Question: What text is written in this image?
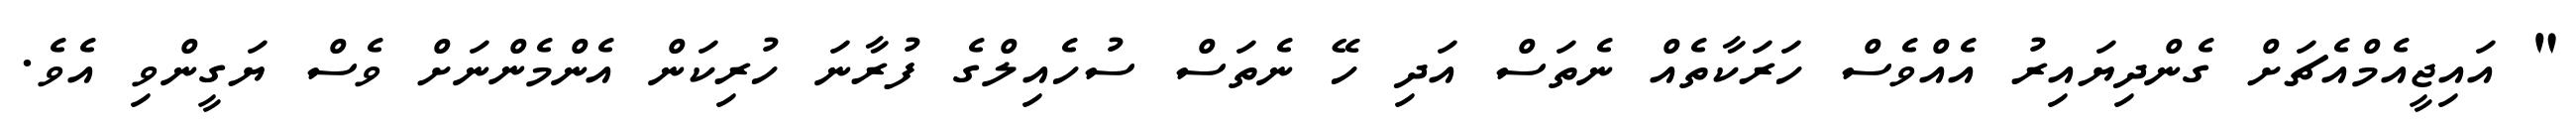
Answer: " އައިޖީއެމްއެޗަށް ގެންދިޔައިރު އެއްވެސް ހަރަކާތެއް ނެތަސް އަދި ހޭ ނެތަސް ސުހެއިލްގެ ފުރާނަ ހުރިކަން އެންމެންނަށް ވެސް ޔަގީންވި އެވެ.